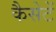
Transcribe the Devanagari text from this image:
कैसेटें